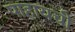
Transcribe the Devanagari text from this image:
पाहायची